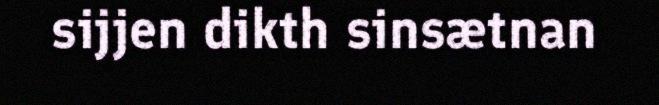
sijjen dikth sinsætnan